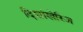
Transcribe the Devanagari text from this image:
दिशांखेरिज